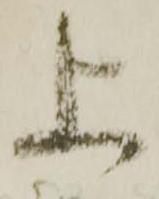
上